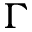
\Gamma